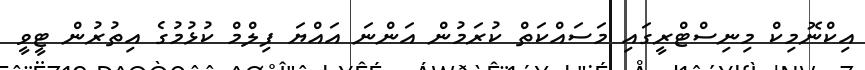
އިކްނޮމިކް މިނިސްޓްރީގައި މަސައްކަތް ކުރަމުން އަންނަ އައްޔަ ފިލްމް ކުޅުމުގެ އިތުރުން ޓީވީ